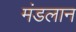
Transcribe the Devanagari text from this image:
मंडलान